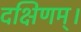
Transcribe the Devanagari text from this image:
दक्षिणम्।